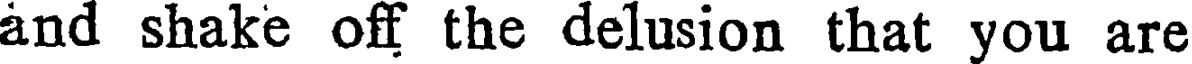
and shake off the delusion that you are